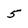
Character: 5